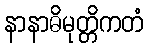
နာနာဓိမုတ္တိကတံ